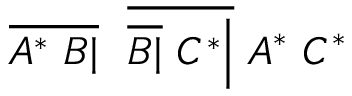
{ \overline { { A ^ { * } \ B | } } } \ \ { \overline { { { \overline { { B | } } } \ C ^ { * } { \Big | } } } } \ A ^ { * } \ C ^ { * }